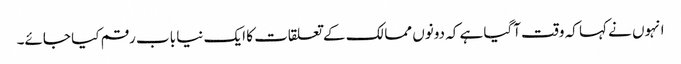
انہوں نے کہا کہ وقت آگیا ہے کہ دونوں ممالک کے تعلقات کا ایک نیا باب رقم کیا جائے۔